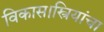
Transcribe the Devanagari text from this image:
विकास।स्त्रियांचा